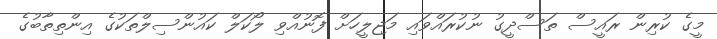
މީގެ ކުރިން ރައީސް ތަސްދީގު ނުކުރައްވައި މަޖިލީހަށް ފޮނުއްވި ލޯކަލް ކައުންސިލްތަކުގެ އިންތިތާބުގެ